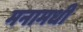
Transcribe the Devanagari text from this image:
मनामधी